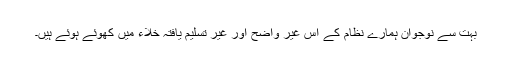
بہت سے نوجوان ہمارے نظام کے اس غیر واضح اور غیر تسلیم یافتہ خلاء میں کھوئے ہوئے ہیں۔